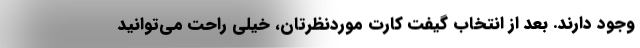
وجود دارند. بعد از انتخاب گیفت کارت موردنظرتان، خیلی راحت می‌توانید